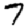
Digit: 7